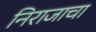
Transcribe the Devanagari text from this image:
निराजाचा